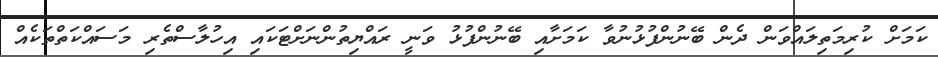
ކަމަށް ކުރިމަތިލައްވަން ދެން ބޭނުންފުޅުނުވާ ކަމަށާއި ބޭނުންފުޅު ވަނީ ރައްޔިތުންނަށްޓަކައި އިހުލާސްތެރި މަސައްކަތްތަކެއް